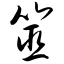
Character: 筮